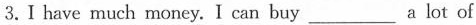
3.Ⅰ have much money. I can buy___ a lot of things.